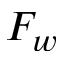
F _ { w }